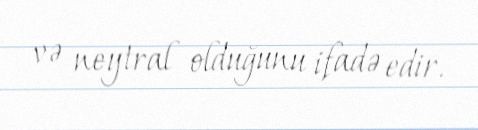
və neytral olduğunu ifadə edir.